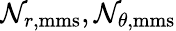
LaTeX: \mathcal{N}_{r,\textrm{{mms}}},\mathcal{N}_{\theta,\textrm{{mms}}}